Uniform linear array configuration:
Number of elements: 12
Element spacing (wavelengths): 0.75
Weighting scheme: hann
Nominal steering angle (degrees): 60
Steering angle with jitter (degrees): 61.02
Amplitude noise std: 0.05
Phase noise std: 0.05

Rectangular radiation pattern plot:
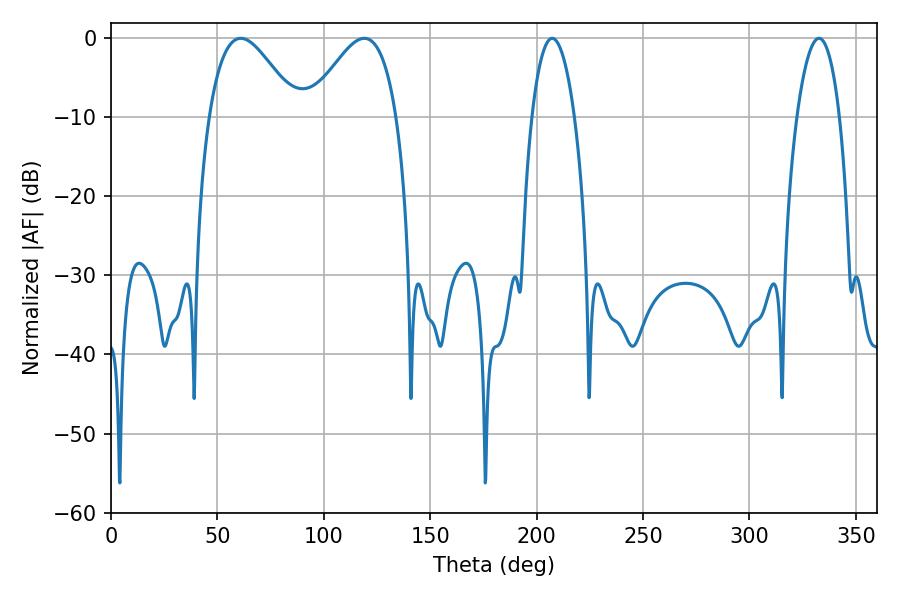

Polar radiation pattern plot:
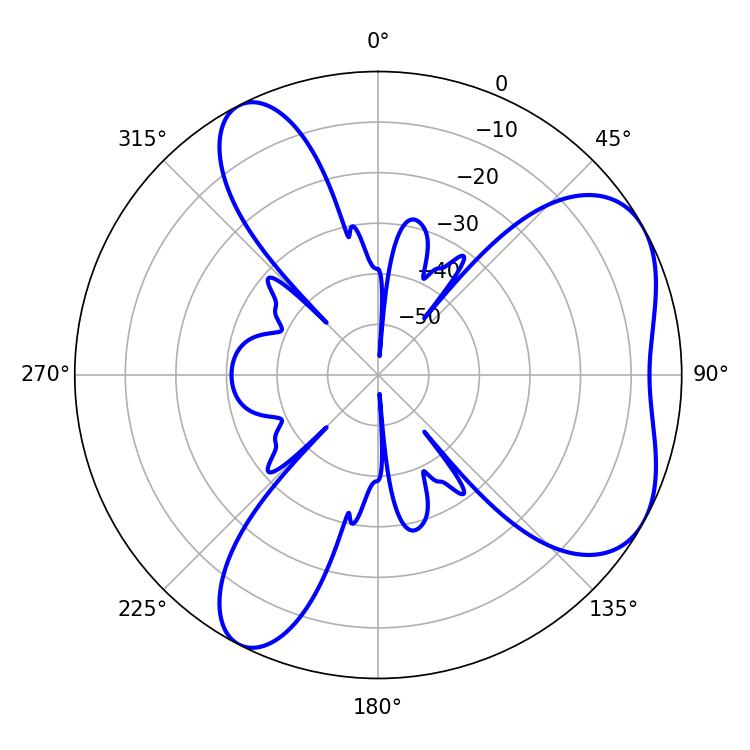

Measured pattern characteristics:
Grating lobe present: TRUE
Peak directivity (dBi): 5.393
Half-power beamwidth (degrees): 22.14
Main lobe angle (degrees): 61.02